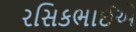
રસિકભાઈએ